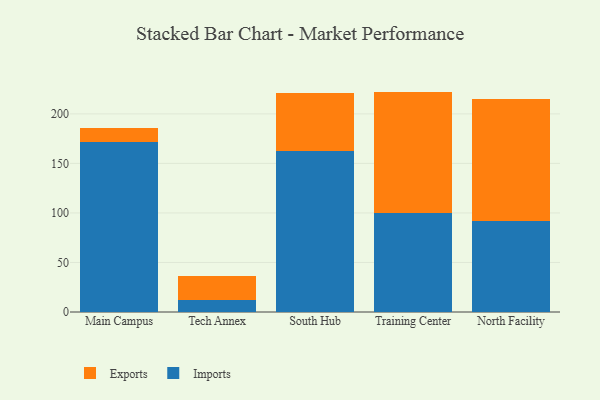
{"axis": {"x": "Campus", "y": "Conversion Rate (%)"}, "legend": ["Exports", "Imports"], "data": [{"x": "Main Campus", "y": 171.3, "type": "Imports"}, {"x": "Main Campus", "y": 14.1, "type": "Exports"}, {"x": "Tech Annex", "y": 11.9, "type": "Imports"}, {"x": "Tech Annex", "y": 24.2, "type": "Exports"}, {"x": "South Hub", "y": 162.4, "type": "Imports"}, {"x": "South Hub", "y": 59.1, "type": "Exports"}, {"x": "Training Center", "y": 99.7, "type": "Imports"}, {"x": "Training Center", "y": 122.8, "type": "Exports"}, {"x": "North Facility", "y": 91.4, "type": "Imports"}, {"x": "North Facility", "y": 124.0, "type": "Exports"}]}